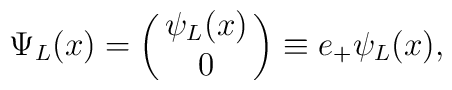
\Psi_L(x)=\pmatrix{\psi_L(x)\cr0\cr}\equiv e_+\psi_L(x),